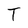
Character: T